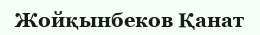
Жойқынбеков Қанат